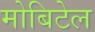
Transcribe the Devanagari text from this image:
मोबिटेल